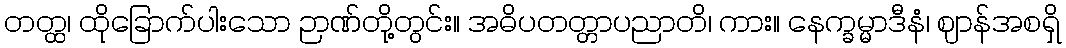
တတ္ထ၊ ထိုခြောက်ပါးသော ဉာဏ်တို့တွင်း။ အဓိပတတ္တာပညာတိ၊ ကား။ နေက္ခမ္မာဒီနံ၊ ဈာန်အစရှိ